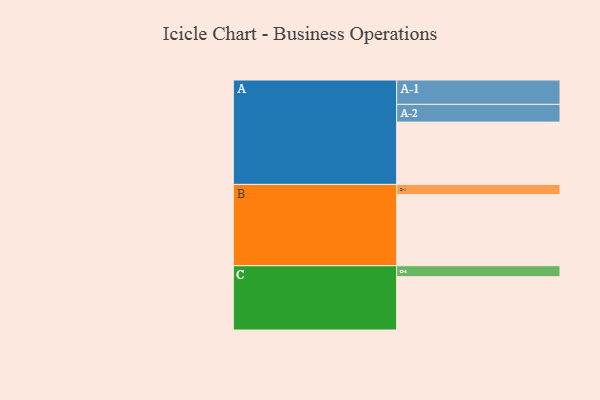
{"axis": {"x": "Segment", "y": "Value"}, "legend": ["", "A", "B", "C"], "data": [{"x": "A", "y": 450, "type": ""}, {"x": "B", "y": 513, "type": ""}, {"x": "C", "y": 385, "type": ""}, {"x": "A-1", "y": 176, "type": "A"}, {"x": "A-2", "y": 128, "type": "A"}, {"x": "B-1", "y": 74, "type": "B"}, {"x": "C-1", "y": 79, "type": "C"}]}